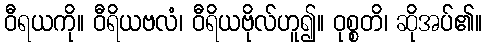
ဝီရယကို။ ဝီရိယဗလံ၊ ဝီရိယဗိုလ်ဟူ၍။ ဝုစ္စတိ၊ ဆိုအပ်၏။